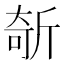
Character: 𣂦